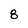
Character: 8